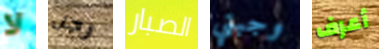
لا رجل الصبار وجبتي أعرف